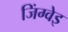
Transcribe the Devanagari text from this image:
जिंग्वेइ